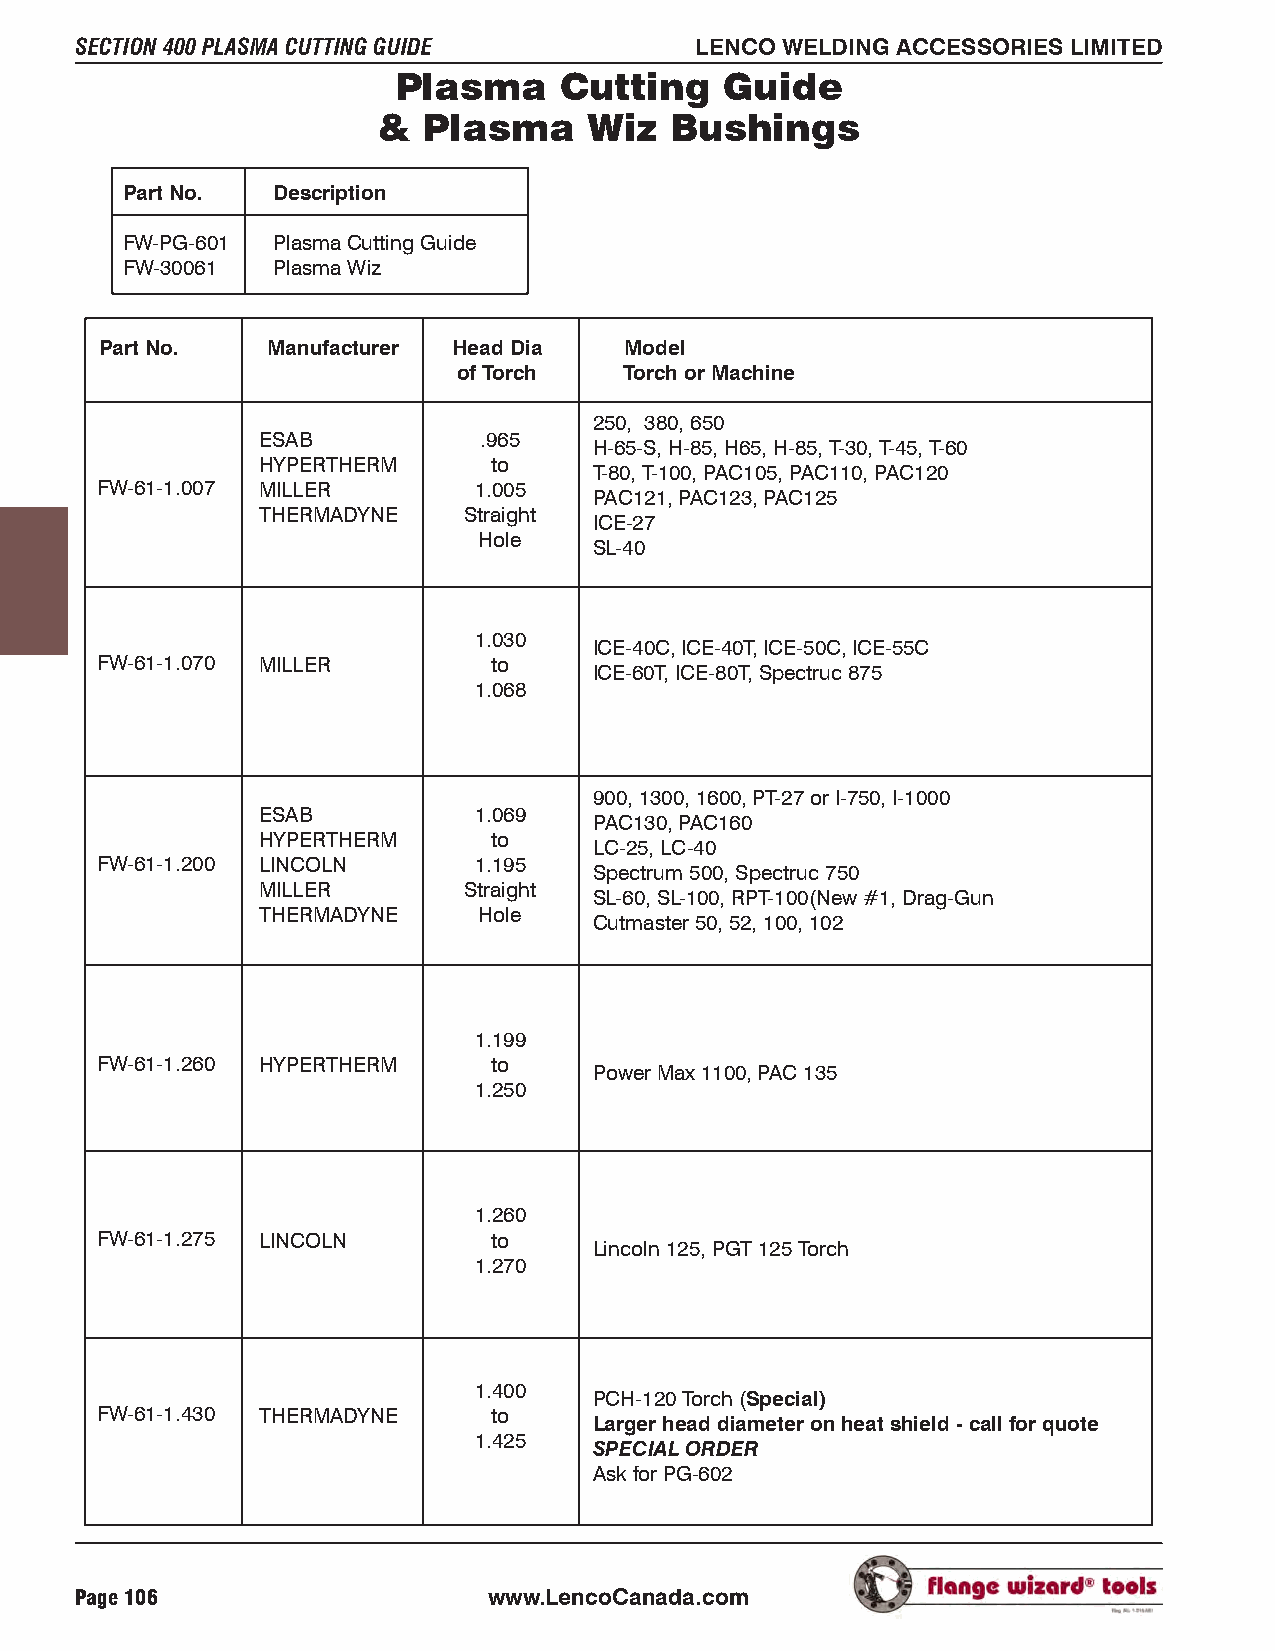
SECTION 400 PLASMA CUTTING GUIDE         LENCO WELDING ACCESSORIES LIMITED
 Plasma     Cutting    Guide
 &  Plasma     Wiz  Bushings
 Part No.  Description
 FW-PG-601 Plasma Cutting Guide
 FW-30061  Plasma Wiz
 Part No.   Manufacturer Head Dia  Model
 of Torch   Torch or Machine
 250, 380, 650
 ESAB           .965
 H-65-S, H-85, H65, H-85, T-30, T-45, T-60
 HYPERTHERM      to
 T-80, T-100, PAC105, PAC110, PAC120
 FW-61-1.007 MILLER       1.005
 PAC121, PAC123, PAC125
 THERMADYNE    Straight
 ICE-27
 Hole
 SL-40
 1.030
 ICE-40C, ICE-40T, ICE-50C, ICE-55C
 FW-61-1.070 MILLER         to
 ICE-60T, ICE-80T, Spectruc 875
 1.068
 900, 1300, 1600, PT-27 or I-750, I-1000
 ESAB          1.069
 PAC130, PAC160
 HYPERTHERM      to
 LC-25, LC-40
 FW-61-1.200 LINCOLN      1.195
 Spectrum 500, Spectruc 750
 MILLER        Straight
 SL-60, SL-100, RPT-100(New #1, Drag-Gun
 THERMADYNE     Hole
 Cutmaster 50, 52, 100, 102
 1.199
 FW-61-1.260 HYPERTHERM     to
 Power Max 1100, PAC 135
 1.250
 1.260
 FW-61-1.275 LINCOLN        to
 Lincoln 125, PGT 125 Torch
 1.270
 1.400
 PCH-120 Torch (Special)
 FW-61-1.430 THERMADYNE     to
 Larger head diameter on heat shield - call for quote
 1.425
 SPECIAL ORDER
 Ask for PG-602
 Page 106                   www.LencoCanada.com